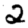
Digit: 2